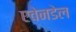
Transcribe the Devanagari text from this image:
एवेनडेल